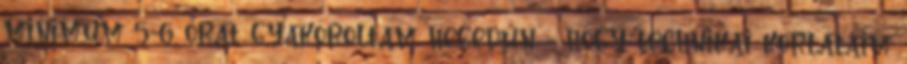
minimum 5-6 órát gyakoroltam hegedűn - hogy technikai korlátaim